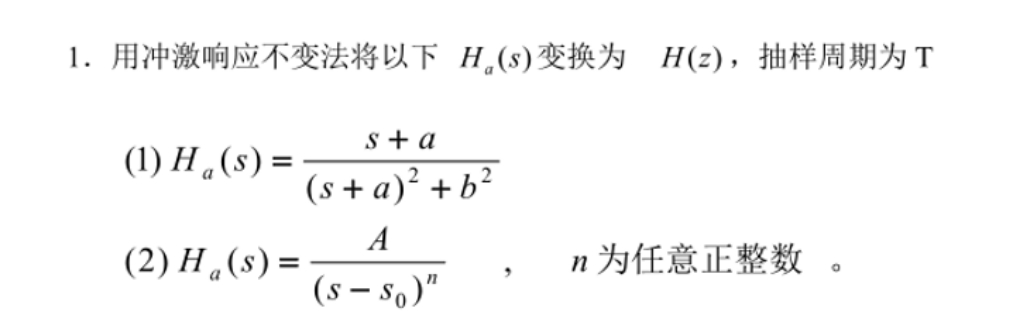
1. 用冲激响应不变法将以下\(H_{a}(s)\)变换为 \(H(z)\)，抽样周期为\(T\)

(1) \(H_{a}(s)=\frac{s + a}{(s + a)^{2}+b^{2}}\)

(2) \(H_{a}(s)=\frac{A}{(s - s_{0})^{n}}\)  ， \(n\)为任意正整数 。